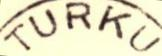
TURKU